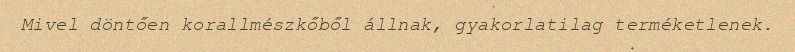
Mivel döntően korallmészkőből állnak, gyakorlatilag terméketlenek.